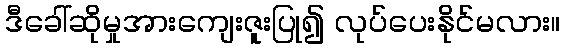
ဒီခေါ်ဆိုမှုအားကျေးဇူးပြု၍ လုပ်ပေးနိုင်မလား။